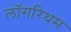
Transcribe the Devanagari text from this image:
लॉगरिथम